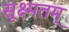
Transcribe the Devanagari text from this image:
सूक्ष्मतम्